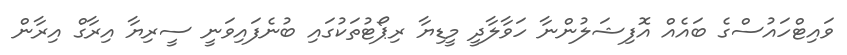
ވައިޓްހައުސްގެ ބައެއް އޮފިޝަލުންނާ ހަވާލާދީ މީޑިޔާ ރިޕޯޓުތަކުގައި ބުނެފައިވަނީ ސީރިޔާ އިރާގް އިރާން